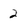
Character: 2